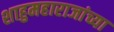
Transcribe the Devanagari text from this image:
शाहुमहाराजांच्या